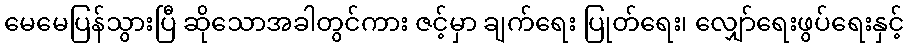
မေမေပြန်သွားပြီ ဆိုသောအခါတွင်ကား ဇင့်မှာ ချက်ရေး ပြုတ်ရေး၊ လျှော်ရေးဖွပ်ရေးနှင့်